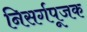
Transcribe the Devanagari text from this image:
निसर्गपूजक